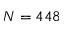
N = 4 4 8